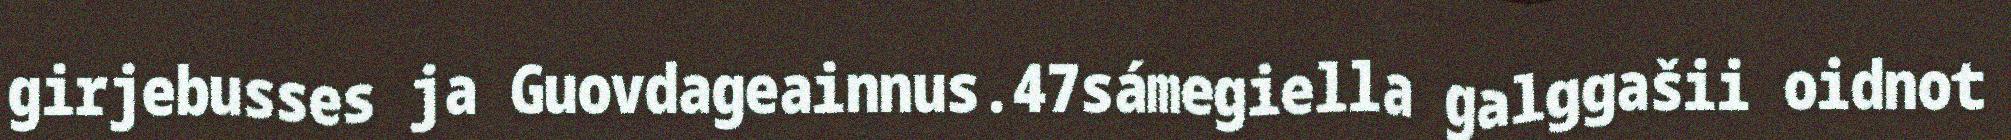
girjebusses ja Guovdageainnus.47sámegiella galggašii oidnot